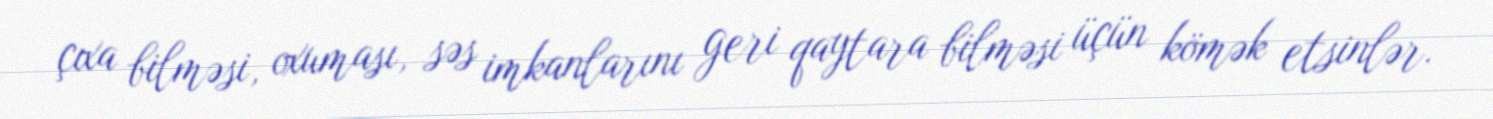
çıxa bilməsi, oxuması, səs imkanlarını geri qaytara bilməsi üçün kömək etsinlər.